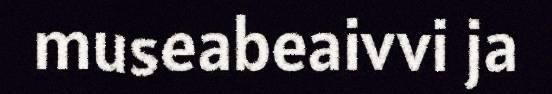
museabeaivvi ja